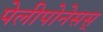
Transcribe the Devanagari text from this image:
पेलीपोनेसस्‌